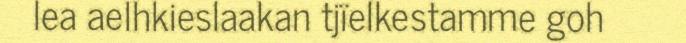
lea aelhkieslaakan tjïelkestamme goh